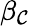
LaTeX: \beta_{\mathcal{C}}